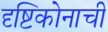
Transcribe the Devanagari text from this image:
दृष्टिकोनाची